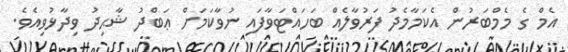
އެމް ގެ މެމްބަރުން އެކަމާމެދު ފަރުވާލެއް ބަހައްޓަވާފައި ނުވާކަމަށް ޢަބްދު ޝާޙިދު ވިދާޅުވިއެވެ.